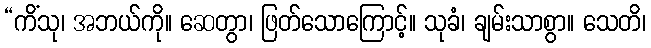
“ကိံသု၊ အဘယ်ကို။ ဆေတွာ၊ ဖြတ်သောကြောင့်။ သုခံ၊ ချမ်းသာစွာ။ သေတိ၊